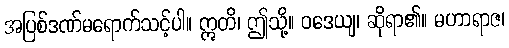
အပြစ်ဒဏ်မရောက်သင့်ပါ။ ဣတိ၊ ဤသို့။ ဝဒေယျ၊ ဆိုရာ၏။ မဟာရာဇ၊